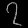
Digit: ၇